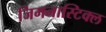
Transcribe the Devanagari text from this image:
जिमनास्टिक्ल